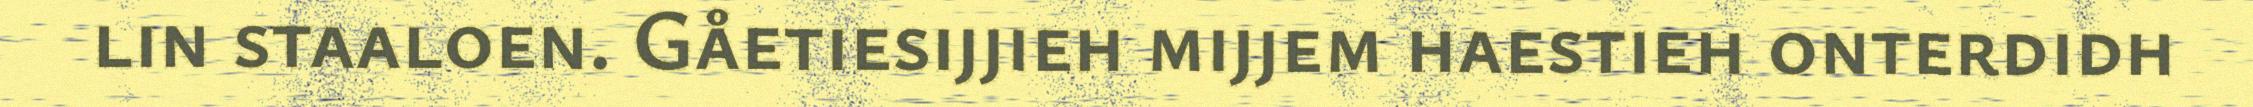
lin staaloen. Gåetiesijjieh mijjem haestieh onterdidh